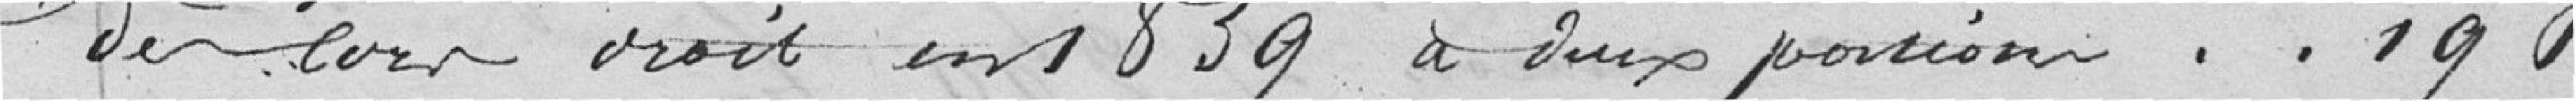
dès lors droit en 1839 à deux portions.....190